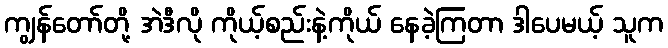
ကျွန်တော်တို့ အဲဒီလို ကိုယ့်စည်းနဲ့ကိုယ် နေခဲ့ကြတာ ဒါပေမယ့် သူက